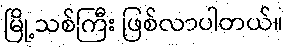
မြို့သစ်ကြီး ဖြစ်လာပါတယ်။